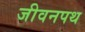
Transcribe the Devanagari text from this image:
जीवनपथ